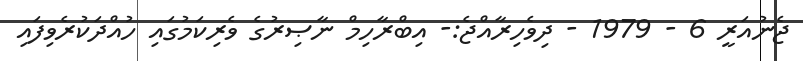
ޖެނުއަރީ 6 - 1979 - ދިވެހިރާއްޖެ:- އިބްރާހިމް ނާޞިރުގެ ވެރިކަމުގައި ހުއްދަކުރެވިފައި